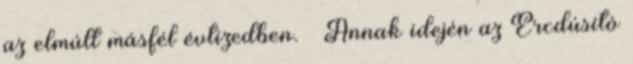
az elmúlt másfél évtizedben. — Annak idején az Ércdúsító